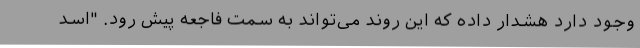
وجود دارد هشدار داده که این روند می‌تواند به سمت فاجعه پیش رود. "اسد